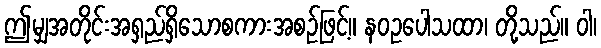
ဤမျှအတိုင်းအရှည်ရှိသောစကားအစဉ်ဖြင့်။ နဝဥပေါသထာ၊ တို့သည်။ ဝါ၊